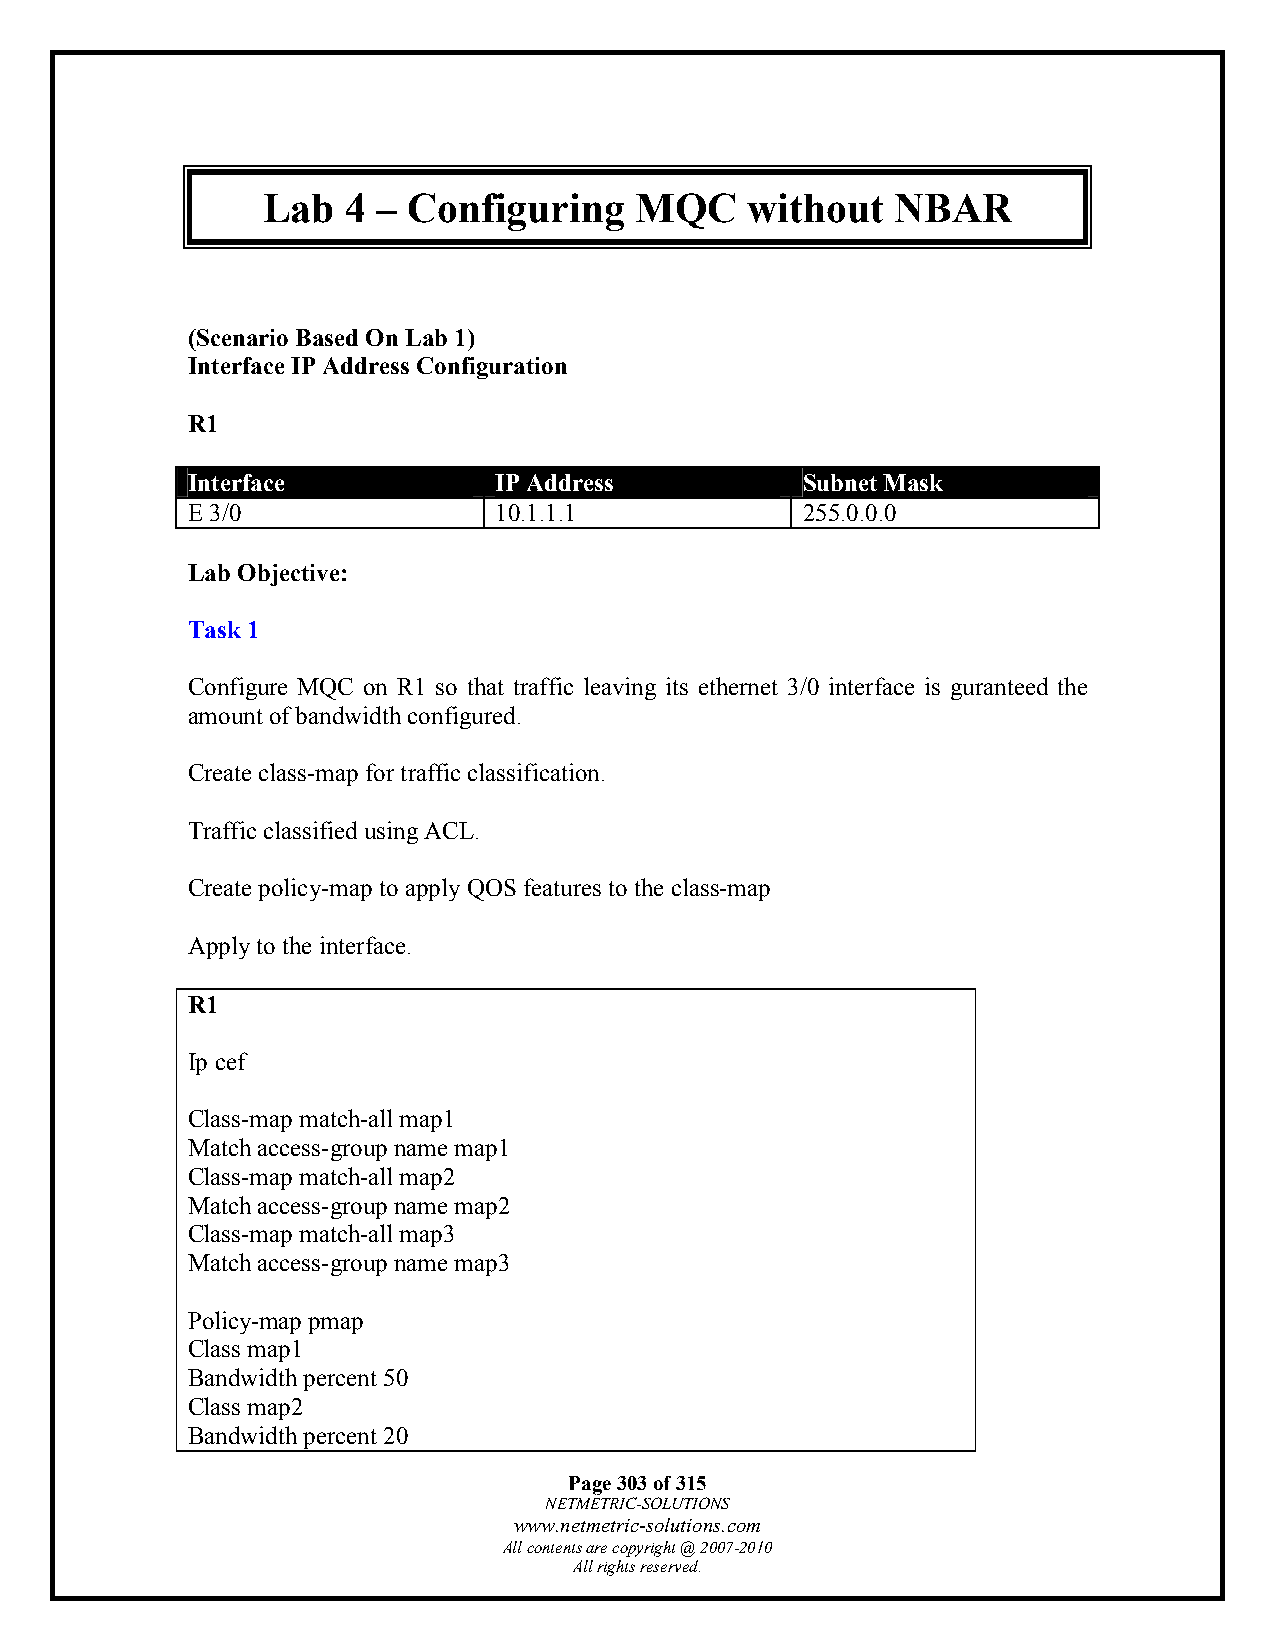
Lab   4 – Configuring    MQC    without   NBAR
 (Scenario Based On Lab 1)
 Interface IP Address Configuration
 R1
 Interface            IP Address          Subnet Mask
 E 3/0                10.1.1.1            255.0.0.0
 Lab Objective:
 Task 1
 Configure MQC on R1 so that traffic leaving its ethernet 3/0 interface is guranteed the
 amount of bandwidth configured.
 Create class-map for traffic classification.
 Traffic classified using ACL.
 Create policy-map to apply QOS features to the class-map
 Apply to the interface.
 R1
 Ip cef
 Class-map match-all map1
 Match access-group name map1
 Class-map match-all map2
 Match access-group name map2
 Class-map match-all map3
 Match access-group name map3
 Policy-map pmap
 Class map1
 Bandwidth percent 50
 Class map2
 Bandwidth percent 20
 Page 303 of 315
 NETMETRIC-SOLUTIONS
 www.netmetric-solutions.com
 All contents are copyright @ 2007-2010
 All rights reserved.